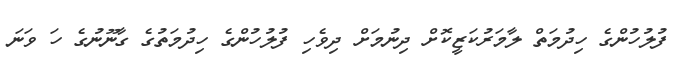
ފުލުހުންގެ ހިދުމަތް ލާމަރުކަޒީކޮށް ދިނުމަށް ދިވެހި ފުލުހުންގެ ހިދުމަތުގެ ގާނޫނުގެ ހަ ވަނަ